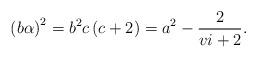
LaTeX: \begin{align*}\left( b\alpha\right) ^{2}=b^{2}c\left( c+2\right) =a^{2}-\frac{2}{vi+2}.\end{align*}